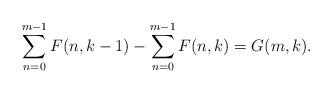
LaTeX: \begin{align*}\sum_{n=0}^{m-1}F(n,k-1)-\sum_{n=0}^{m-1}F(n,k)=G(m,k). \end{align*}